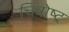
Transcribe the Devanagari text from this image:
चित्रोष्ट्र